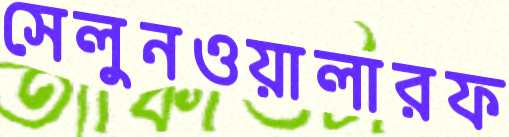
সেলুনওয়ালারফ